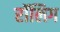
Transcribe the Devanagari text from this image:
रॉलिग